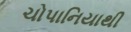
ચોપાનિયાથી